Enquiry on enteric fever in India - Number 32
Disease focus: Fever
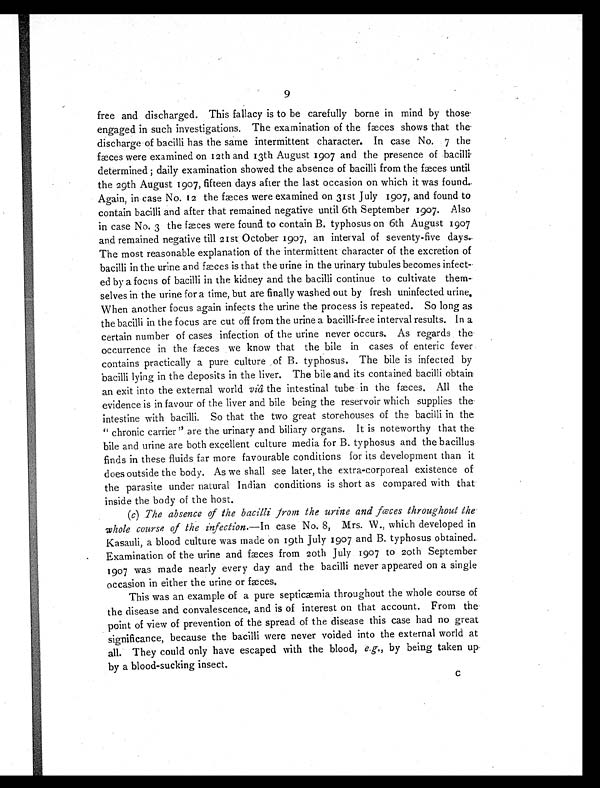
9
free and discharged. This fallacy is to be carefully borne in mind by those
engaged in such investigations. The examination of the faces shows that the
discharge of bacilli has the same intermittent character. In case No. 7 the
fæces were examined on 12th and 13th August 1907 and the presence of bacilli
determined ; daily examination showed the absence of bacilli from the fæces until
the 29th August 1907, fifteen days after the last occasion on which it was found
Again, in case No. 12 the fæces were examined on 31st July 1907, and found to
contain bacilli and after that remained negative until 6th September 1907. Also
in case No. 3 the faces were found to contain B. typhosus on 6th August 1907
and remained negative till 21st October 1907, an interval of seventy-five days.
The most reasonable explanation of the intermittent character of the excretion of
bacilli in the urine and faces is that the urine in the urinary tubules becomes infect-
ed by a focus of bacilli in the kidney and the bacilli continue to cultivate them-
selves in the urine for a time, but are finally washed out by fresh uninfected urine.
When another focus again infects the urine the process is repeated. So long as
the bacilli in the focus are cut off from the urine a bacilli-free interval results. In a
certain number of cases infection of the urine never occurs. As regards the
occurrence in the fæces we know that the bile in cases of enteric fever
contains practically a pure culture of B. typhosus. The bile is infected by
bacilli lying in the deposits in the liver. The bile and its contained bacilli obtain
an exit into the external world viâ the intestinal tube in the fæces. All the
evidence is in favour of the liver and bile being the reservoir which supplies the
intestine with bacilli. So that the two great storehouses of the bacilli in the
" chronic carrier " are the urinary and biliary organs. It is noteworthy that the
bile and urine are both excellent culture media for B. typhosus and the bacillus
finds in these fluids far more favourable conditions for its development than it
does outside the body. As we shall see later, the extra-corporeal existence of
the parasite under natural Indian conditions is short as compared with that
inside the body of the host.
(c) The absence of the bacilli from the urine and fæces throughout the
whole course of the infection.—In case No. 8, Mrs. W., which developed in
Kasauli, a blood culture was made on 19th July 1907 and B. typhosus obtained.
Examination of the urine and fæces from 20th July 1907 to 20th September
1907 was made nearly every day and the bacilli never appeared on a single
occasion in either the urine or faces.
This was an example of a pure septicæmia throughout the whole course of
the disease and convalescence, and is of interest on that account. From the
point of view of prevention of the spread of the disease this case had no great
significance, because the bacilli were never voided into the external world at
all. They could only have escaped with the blood, e.g., by being taken up
by a blood-sucking insect.